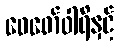
ဖေဖော်ဝါရီနှင့်